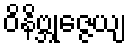
ဝိနိဗ္ဘုဇ္ဇေယျ